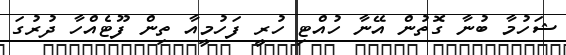
ޝަހުމާ ބުނާ ގޮތުން އޭނާ ހުއްޓި ހުރީ ފަހުމީއާ ތިން ފޫޓެއްހާ ދުރުގަ